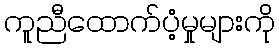
ကူညီထောက်ပံ့မှုများကို